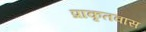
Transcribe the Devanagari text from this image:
प्राकृतवास